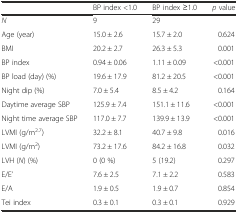
<table><thead><tr><td></td><td><b>BP index &lt;1.0</b></td><td><b>BP index ≥1.0</b></td><td><b><i>p</i> value</b></td></tr></thead><tbody><tr><td><i>N</i></td><td>9</td><td>29</td><td></td></tr><tr><td>Age (year)</td><td>15.0 ± 2.6</td><td>15.7 ± 2.0</td><td>0.624</td></tr><tr><td>BMI</td><td>20.2 ± 2.7</td><td>26.3 ± 5.3</td><td>0.001</td></tr><tr><td>BP index</td><td>0.94 ± 0.06</td><td>1.11 ± 0.09</td><td>&lt;0.001</td></tr><tr><td>BP load (day) (%)</td><td>19.6 ± 17.9</td><td>81.2 ± 20.5</td><td>&lt;0.001</td></tr><tr><td>Night dip (%)</td><td>7.0 ± 5.4</td><td>8.5 ± 4.2</td><td>0.164</td></tr><tr><td>Daytime average SBP</td><td>125.9 ± 7.4</td><td>151.1 ± 11.6</td><td>&lt;0.001</td></tr><tr><td>Night time average SBP</td><td>117.0 ± 7.7</td><td>139.9 ± 13.9</td><td>&lt;0.001</td></tr><tr><td>LVMI (g/m<sup>2.7</sup>)</td><td>32.2 ± 8.1</td><td>40.7 ± 9.8</td><td>0.016</td></tr><tr><td>LVMI (g/m<sup>2</sup>)</td><td>73.2 ± 17.6</td><td>84.2 ± 16.8</td><td>0.032</td></tr><tr><td>LVH (<i>N</i>) (%)</td><td>0 (0 %)</td><td>5 (19.2)</td><td>0.297</td></tr><tr><td>E/E’</td><td>7.6 ± 2.5</td><td>7.1 ± 2.2</td><td>0.583</td></tr><tr><td>E/A</td><td>1.9 ± 0.5</td><td>1.9 ± 0.7</td><td>0.854</td></tr><tr><td>Tei index</td><td>0.3 ± 0.1</td><td>0.3 ± 0.1</td><td>0.929</td></tr></tbody></table>